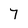
Character: 7